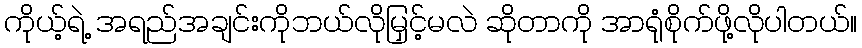
ကိုယ့်ရဲ့ အရည်အချင်းကိုဘယ်လိုမြှင့်မလဲ ဆိုတာကို အာရုံစိုက်ဖို့လိုပါတယ်။